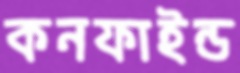
কনফাইন্ড